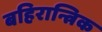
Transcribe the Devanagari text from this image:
बहिरान्त्रिक